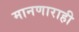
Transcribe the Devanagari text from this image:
मानणाराही